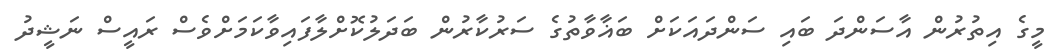
މީގެ އިތުރުން އާސަންދަ ބައި ސަންދައަކަށް ބަޣާވާތުގެ ސަރުކާރުން ބަދަލުކޮށްލާފައިވާކަމަށްވެސް ރައީސް ނަޝީދު